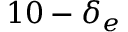
1 0 - \delta _ { e }